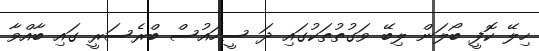
ހިލޭ ކޮފީ ބޯލަން ލިބޭ ވަގުތުތަކުގައި ދަ ސީހައުސް ބްރެސަރީ ގައި ބާއްވާ